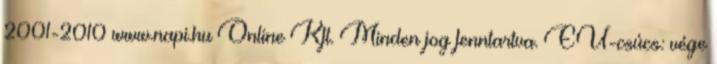
2001-2010 www.napi.hu Online Kft. Minden jog fenntartva. EU-csúcs: vége